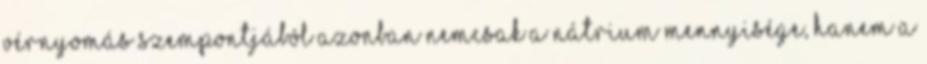
vérnyomás szempontjából azonban nemcsak a nátrium mennyisége, hanem a